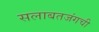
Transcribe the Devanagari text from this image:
सलाबतजंगची